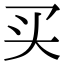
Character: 买